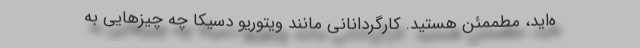
ه‌اید، مطممئن هستید. کارگردانانی مانند ویتوریو دسیکا چه چیزهایی به